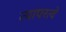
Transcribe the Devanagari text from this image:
त्यापरत्वे